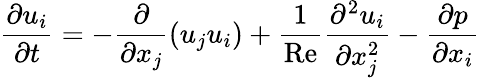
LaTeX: \frac{\partial{{u}_{i}}}{\partial t}=-\frac{\partial}{\partial{{x}_{j}}}\left({{u}_{j}}{{u}_{i}}\right)+\frac{1}{\operatorname{Re}}\frac{{{\partial}^{2}}{{u}_{i}}}{\partial x_{j}^{2}}-\frac{\partial p}{\partial{{x}_{i}}}